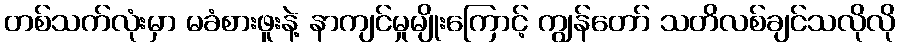
တစ်သက်လုံးမှာ မခံစားဖူးနဲ့ နာကျင်မှုမျိုးကြောင့် ကျွန်တော် သတိလစ်ချင်သလိုလို